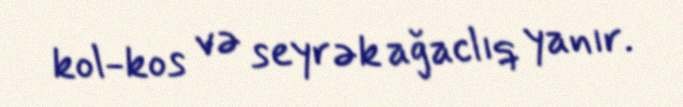
kol-kos və seyrək ağaclıq yanır.